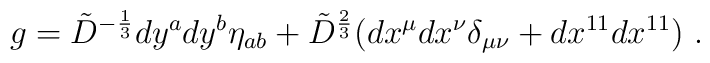
g={\tilde D}^{-{{1}\over{3}}}dy^a dy^b\eta_{ab}+{\tilde D}^{{{2}\over{3}}}(dx^\mu dx^\nu\delta_{\mu\nu}+dx^{11}dx^{11}) \ .